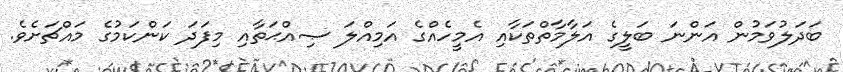
ބަދަލުވަމުން އަންނަ ބަލީގެ އަލާމާތްތަކާއި އެމީހެއްގެ އަމިއްލަ ޞިއްޙަތާއި މިފަދަ ކަންކަމުގެ މައްޗަށެވެ.